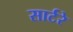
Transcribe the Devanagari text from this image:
सार्टरे